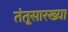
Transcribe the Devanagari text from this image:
तंतूसारख्या